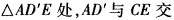
△AD'E处，AD^{\prime}与CE交